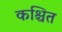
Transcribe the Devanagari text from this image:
कश्चित